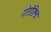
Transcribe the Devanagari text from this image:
गोरोडिश्च